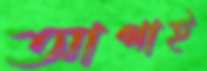
আগাই